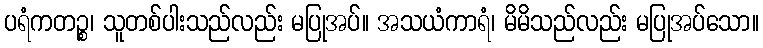
ပရံကတဉ္စ၊ သူတစ်ပါးသည်လည်း မပြုအပ်။ အသယံကာရံ၊ မိမိသည်လည်း မပြုအပ်သော။